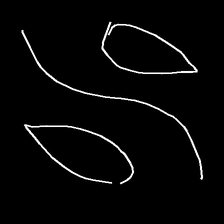
Glyph: water